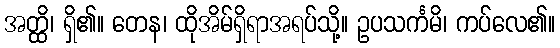
အတ္ထိ၊ ရှိ၏။ တေန၊ ထိုအိမ်ရှိရာအရပ်သို့။ ဥပသင်္ကမိ၊ ကပ်လေ၏။